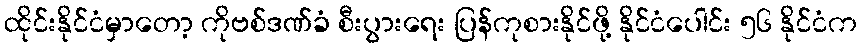
ထိုင်းနိုင်ငံမှာတော့ ကိုဗစ်ဒဏ်ခံ စီးပွားရေး ပြန်ကုစားနိုင်ဖို့ နိုင်ငံပေါင်း ၅၆ နိုင်ငံက